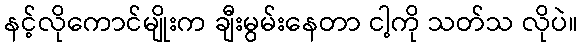
နင့်လိုကောင်မျိုးက ချီးမွမ်းနေတာ ငါ့ကို သတ်သ လိုပဲ။